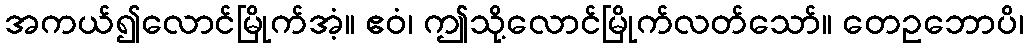
အကယ်၍လောင်မြိုက်အံ့။ ဧဝံ၊ ဤသို့လောင်မြိုက်လတ်သော်။ တေဥဘောပိ၊